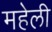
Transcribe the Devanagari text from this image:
महेली